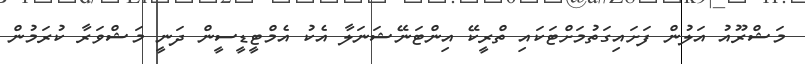
މަޝްރޫއު އަލުން ފަށައިގަތުމަށްޓަކައި ތްރީކޭ އިންޓަނޭޝަނަލާ އެކު އެމްޓީޑީސީން ދަނީ މަޝްވަރާ ކުރަމުން